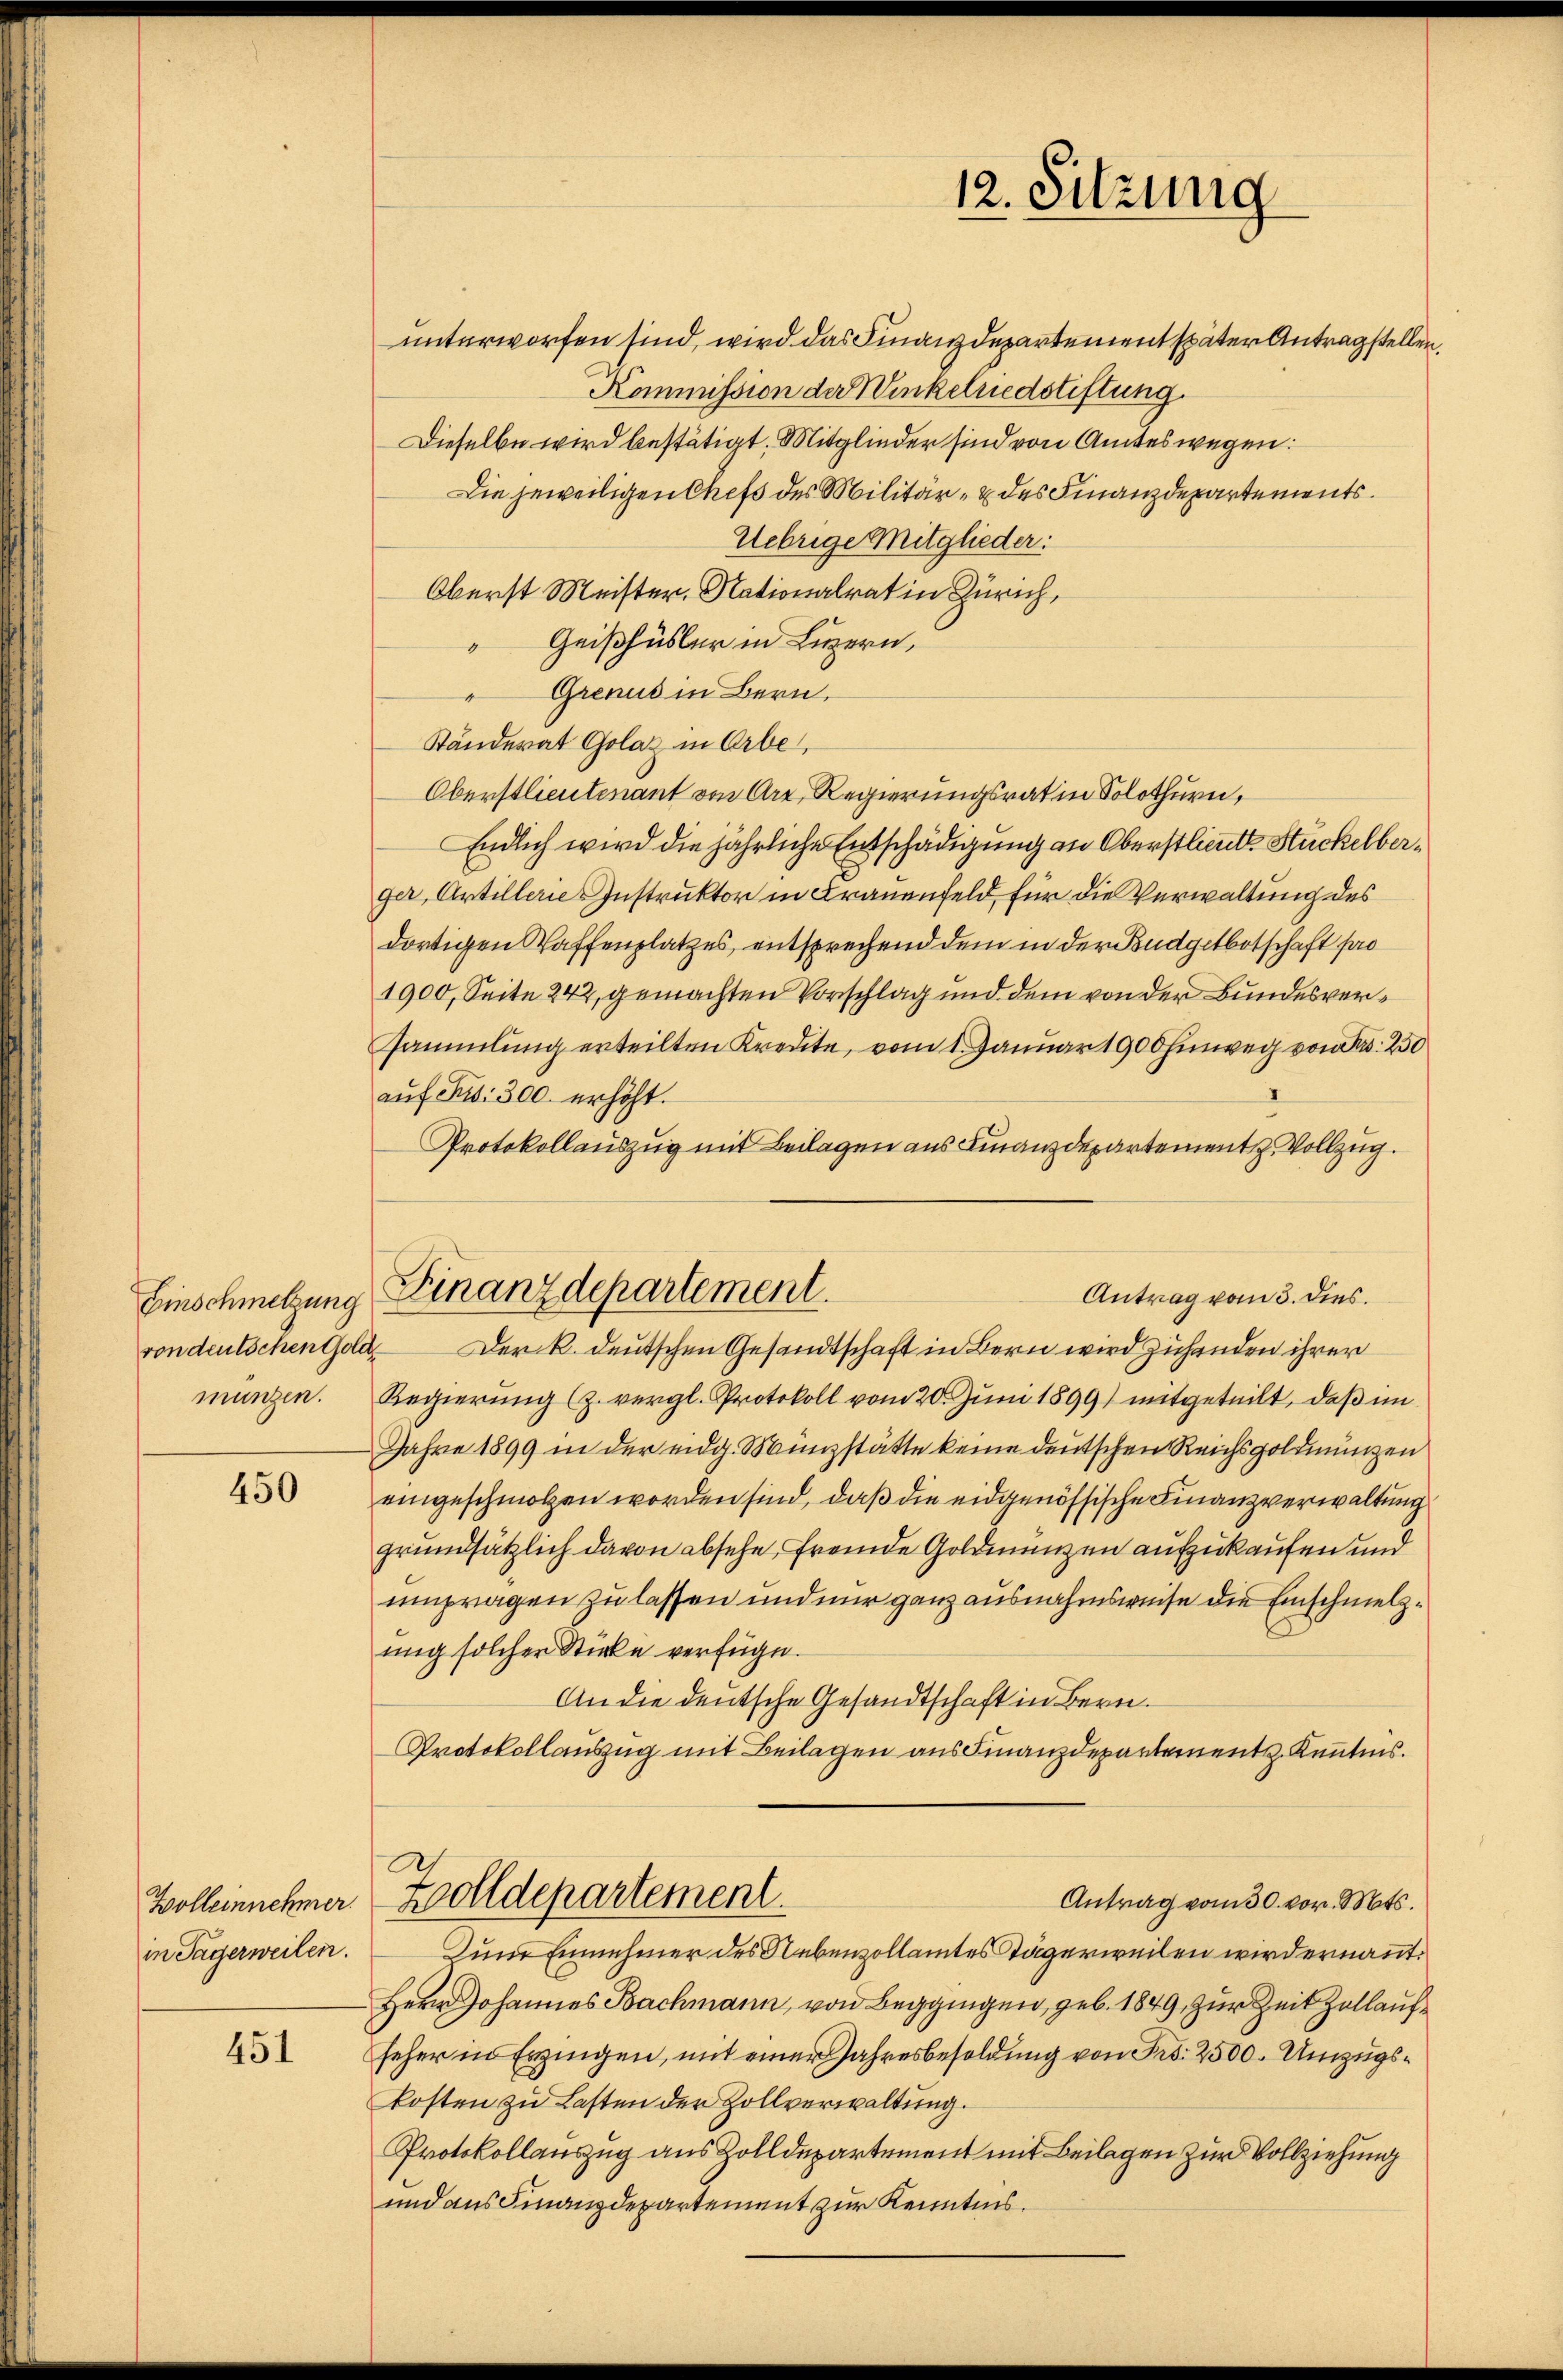
Einschmelzung
mungen.

450

Bolleinnehmer.
in Sagerweilen.

451

12. Sitzung

unterworfen sind, wird das Finanzdepartement später Antragstellen.
Kommission der Winkelriedstiftung.
Dieselbe wird bestätigt. Mitglieder sind von Amtes wegen:
Die jeweiligen Chefs des Militär- & des Finanzdepartements
Uebrige Mitglieder:
Oberst Meister. Nationalrat in Zürich,
 Geißhüsler in Luzern,
Grenus in Bern,
Ständerat Golaz in Arbe
Oberstlieutenant von Art Regierungsrat in Solothurn,
Endlich wird die jährliche Entschädigung an Oberstimmt Stückelberger, Artillerie Instruktor in Frauenfeld, für die Verwaltung des
dortigen Waffenplatzes, entsprechend dem in der Budgetbotschaft pro
1900, Seite 242, gemachten Vorschlag und dem von der Bundesversammlung erteilten Kreute, vom 1. Januar 1900 hinweg von Fr. 250
I
aŭf Fr. 300. erhöht.
Protokollauszug mit Beilagen aus Finanzdepartement z. Vollzug.
Finanzdepartement.
Antrag vom 3. dies
rondeutschen Gold der k. deutschen Gesandtschaft in Bern wird zuhanden ihrer
Regierung (z. vergl. Protokoll vom 20. Juni 1899) mitgeteilt, daß im
Jahre 1899 in der eidg. Münzstätte keine deutschen Reichsgoldmünzen
eingeschmolzen worden sind, daß die eidgenössische Finanzverwaltung
grundsätzlich davon absehe, fremde Goldmanzen aufzukaufen und
umpragen zu lassen und nur ganz ausnahmsweise die Einschmelzung solcher Sticke verfüge.
An die deutsche Gesandtschaft in Bern.
Protokollauszug mit Beilagen aus Finanzdepartement Kenntnis.
Zolldepartement
Antrag vom 30. vor. Mts.
Zum Einnehmer des Nebenzollamtes Tägerweilen wird ernannt.
Herr Johannes Bachmann, von Begingen, geb. 1849, zur Zeit Zollaufseher in Erzingen, mit einer Jahresbesoldung von Fr. 2500. Umzugskosten zu Lasten der Zollverwaltung.
Protokollauszug aus Zolldepartement mit Beilagen zur Vollziehung
und aus Finanzdepartement zur Kenntnis.